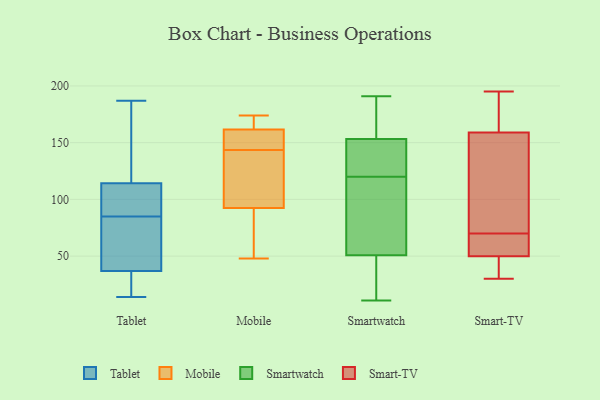
{"axis": {"x": "Waste Production (Tons)", "y": "Value"}, "legend": ["Mobile", "Smart-TV", "Smartwatch", "Tablet"], "data": [{"x": "", "y": 117, "type": "Tablet"}, {"x": "", "y": 14, "type": "Tablet"}, {"x": "", "y": 81, "type": "Tablet"}, {"x": "", "y": 89, "type": "Tablet"}, {"x": "", "y": 122, "type": "Tablet"}, {"x": "", "y": 187, "type": "Tablet"}, {"x": "", "y": 22, "type": "Tablet"}, {"x": "", "y": 150, "type": "Tablet"}, {"x": "", "y": 106, "type": "Tablet"}, {"x": "", "y": 43, "type": "Tablet"}, {"x": "", "y": 85, "type": "Tablet"}, {"x": "", "y": 14, "type": "Tablet"}, {"x": "", "y": 92, "type": "Tablet"}, {"x": "", "y": 105, "type": "Tablet"}, {"x": "", "y": 77, "type": "Tablet"}, {"x": "", "y": 59, "type": "Tablet"}, {"x": "", "y": 21, "type": "Tablet"}, {"x": "", "y": 35, "type": "Tablet"}, {"x": "", "y": 162, "type": "Tablet"}, {"x": "", "y": 147, "type": "Mobile"}, {"x": "", "y": 48, "type": "Mobile"}, {"x": "", "y": 157, "type": "Mobile"}, {"x": "", "y": 54, "type": "Mobile"}, {"x": "", "y": 159, "type": "Mobile"}, {"x": "", "y": 174, "type": "Mobile"}, {"x": "", "y": 160, "type": "Mobile"}, {"x": "", "y": 104, "type": "Mobile"}, {"x": "", "y": 140, "type": "Mobile"}, {"x": "", "y": 163, "type": "Mobile"}, {"x": "", "y": 80, "type": "Mobile"}, {"x": "", "y": 165, "type": "Mobile"}, {"x": "", "y": 81, "type": "Mobile"}, {"x": "", "y": 105, "type": "Mobile"}, {"x": "", "y": 173, "type": "Mobile"}, {"x": "", "y": 119, "type": "Mobile"}, {"x": "", "y": 191, "type": "Smartwatch"}, {"x": "", "y": 133, "type": "Smartwatch"}, {"x": "", "y": 48, "type": "Smartwatch"}, {"x": "", "y": 145, "type": "Smartwatch"}, {"x": "", "y": 174, "type": "Smartwatch"}, {"x": "", "y": 113, "type": "Smartwatch"}, {"x": "", "y": 23, "type": "Smartwatch"}, {"x": "", "y": 11, "type": "Smartwatch"}, {"x": "", "y": 156, "type": "Smartwatch"}, {"x": "", "y": 22, "type": "Smartwatch"}, {"x": "", "y": 59, "type": "Smartwatch"}, {"x": "", "y": 164, "type": "Smartwatch"}, {"x": "", "y": 89, "type": "Smartwatch"}, {"x": "", "y": 131, "type": "Smartwatch"}, {"x": "", "y": 120, "type": "Smartwatch"}, {"x": "", "y": 180, "type": "Smart-TV"}, {"x": "", "y": 73, "type": "Smart-TV"}, {"x": "", "y": 30, "type": "Smart-TV"}, {"x": "", "y": 52, "type": "Smart-TV"}, {"x": "", "y": 151, "type": "Smart-TV"}, {"x": "", "y": 32, "type": "Smart-TV"}, {"x": "", "y": 159, "type": "Smart-TV"}, {"x": "", "y": 67, "type": "Smart-TV"}, {"x": "", "y": 50, "type": "Smart-TV"}, {"x": "", "y": 195, "type": "Smart-TV"}]}